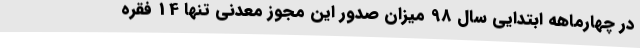
در چهارماهه ابتدایی سال 98 میزان صدور این مجوز معدنی تنها 14 فقره